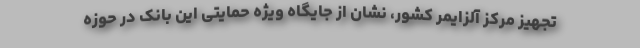
تجهیز مرکز آلزایمر کشور، نشان از جایگاه ویژه حمایتی این بانک در حوزه